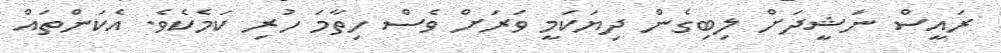
ރައީސް ނަޝީދަށް ލިބިގެން ދިޔަކަމީ ވަރަށް ވެސް ހިތާމަ ހުރި ކަމެކެވެ. އެކަންތައް